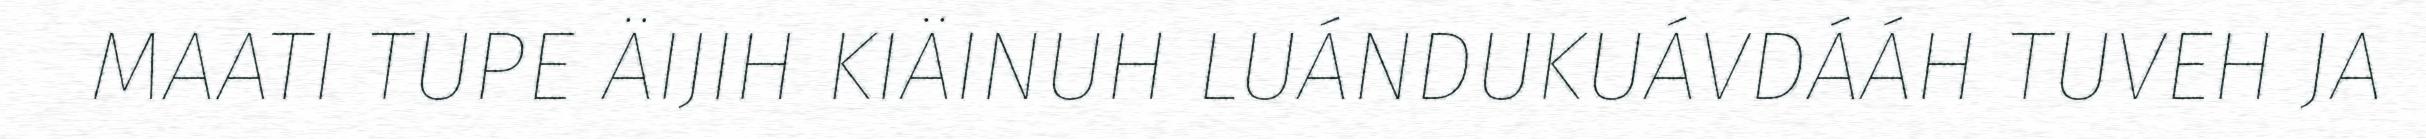
MAATI TUPE ÄIJIH KIÄINUH LUÁNDUKUÁVDÁÁH TUVEH JA